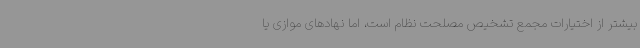
بیشتر از اختیارات مجمع تشخیص مصلحت نظام است، اما نهادهای موازی یا